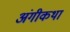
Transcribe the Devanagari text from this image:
अंगीकथा